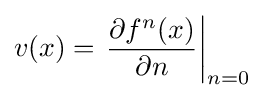
v(x)=\left.{\frac {\partial f^{n}(x)}{\partial n}}\right|_{n=0}